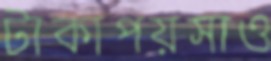
টাকাপয়সাও